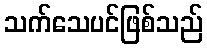
သက်သေပင်ဖြစ်သည်